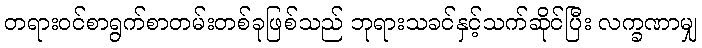
တရားဝင်စာရွက်စာတမ်းတစ်ခုဖြစ်သည် ဘုရားသခင်နှင့်သက်ဆိုင်ပြီး လက္ခဏာမျှ